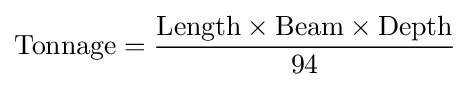
{\text{Tonnage}}={\frac {{\text{Length}}\times {\text{Beam}}\times {\text{Depth}}}{94}}